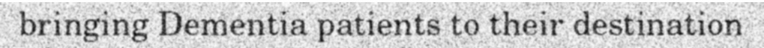
bringing Dementia patients to their destination